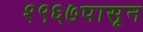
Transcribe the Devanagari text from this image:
१९६७पासून